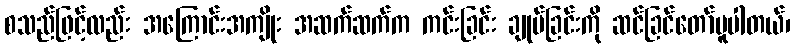
စသည်ဖြင့်လည်း အကြောင်းအကျိုး အဆက်ဆက်က ကင်းခြင်း ချုပ်ခြင်းကို ဆင်ခြင်တော်မူပါတယ်၊